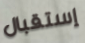
إستقبال